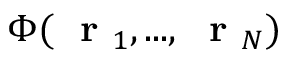
\Phi ( \mathrm { ~ \bf ~ r ~ } _ { 1 } , . . . , \mathrm { ~ \bf ~ r ~ } _ { N } )